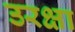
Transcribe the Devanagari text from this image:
उरक्षा